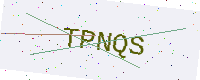
Text: TPNQS